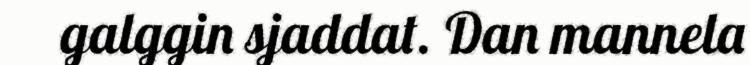
galggin sjaddat. Dan mannela